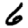
Digit: 6